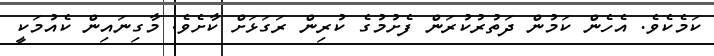
ކަމެކެވެ. އެހެން ކަމުން ދަތުރުކުރަން ފެށުމުގެ ކުރިން ރަގަޅަށް ކާށެވެ. މާގިނައިން ކެއުމަކީ